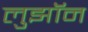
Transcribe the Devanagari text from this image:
लुझॉन